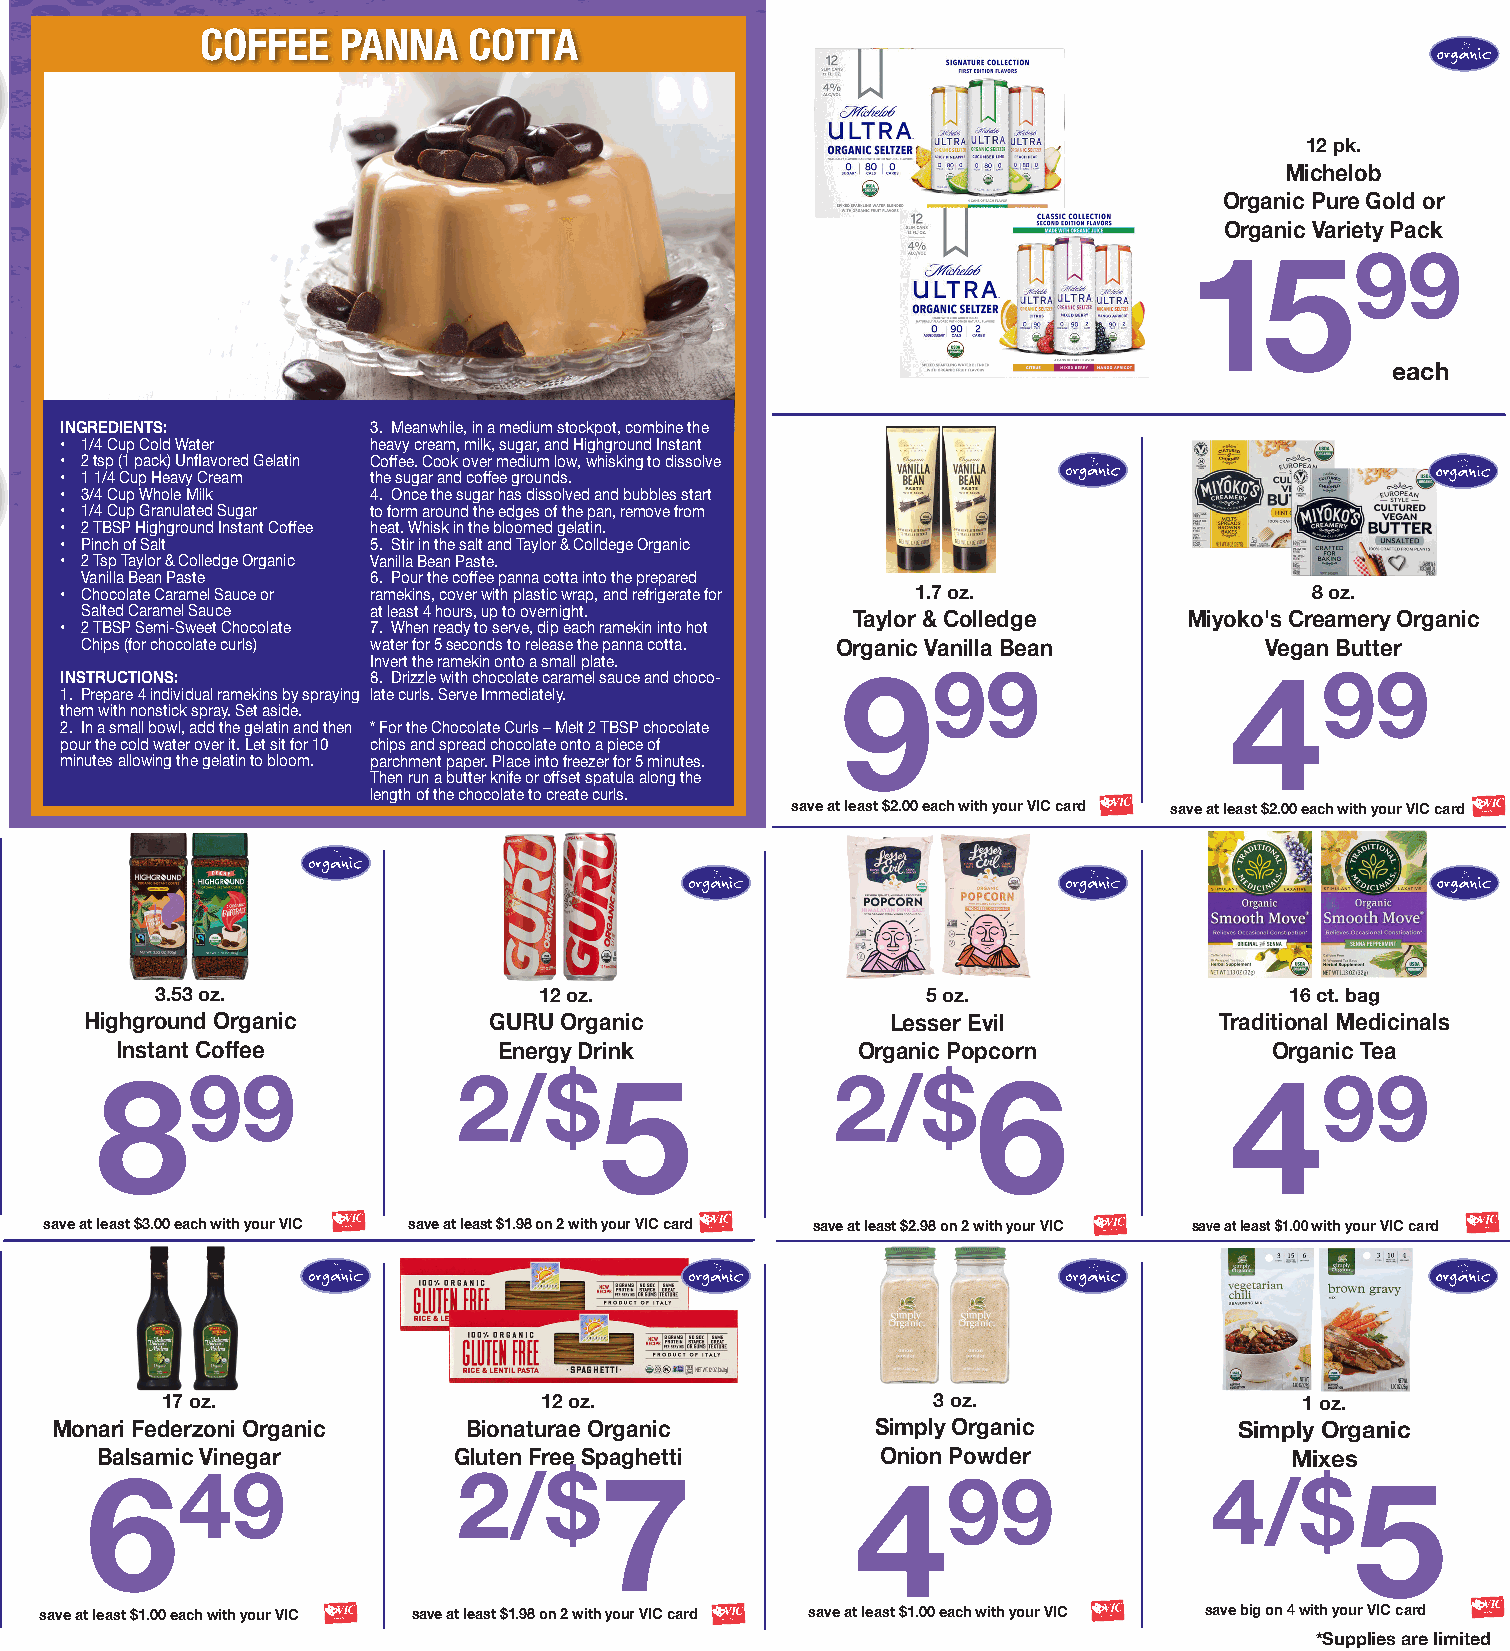
COFFEE   PANNA    COTTA
 12 pk.
 Michelob
 Organic Pure Gold or
 Organic Variety Pack
 1599
 each
 INGREDIENTS:         3. Meanwhile, in a medium stockpot, combine the
 • 1/4 Cup Cold Water heavy cream, milk, sugar, and Highground Instant
 • 2 tsp (1 pack) Unflavored Gelatin Coffee. Cook over medium low, whisking to dissolve
 • 1 1/4 Cup Heavy Cream the sugar and coffee grounds.
 • 3/4 Cup Whole Milk 4. Once the sugar has dissolved and bubbles start
 • 1/4 Cup Granulated Sugar to form around the edges of the pan, remove from
 • 2 TBSP Highground Instant Coffee heat. Whisk in the bloomed gelatin.
 • Pinch of Salt      5. Stir in the salt and Taylor & Colldege Organic
 • 2 Tsp Taylor & Colledge Organic Vanilla Bean Paste.
 Vanilla Bean Paste  6. Pour the coffee panna cotta into the prepared
 • Chocolate Caramel Sauce or ramekins, cover with plastic wrap, and refrigerate for 1.7 oz. 8 oz.
 Salted Caramel Sauce at least 4 hours, up to overnight.
 Taylor & Colledge      Miyoko's Creamery Organic
 • 2 TBSP Semi-Sweet Chocolate 7. When ready to serve, dip each ramekin into hot
 Chips (for chocolate curls) water for 5 seconds to release the panna cotta. Organic Vanilla Bean Vegan Butter
 Invert the ramekin onto a small plate.
 999                      499
 INSTRUCTIONS:        8. Drizzle with chocolate caramel sauce and choco-
 1. Prepare 4 individual ramekins by spraying late curls. Serve Immediately.
 them with nonstick spray. Set aside.
 2. In a small bowl, add the gelatin and then * For the Chocolate Curls – Melt 2 TBSP chocolate
 pour the cold water over it. Let sit for 10 chips and spread chocolate onto a piece of
 minutes allowing the gelatin to bloom. parchment paper. Place into freezer for 5 minutes.
 Then run a butter knife or offset spatula along the
 length of the chocolate to create curls.
 save at least $2.00 each with your VIC card save at least $2.00 each with your VIC card
 3.53 oz.                  12 oz.                   5 oz.                   16 ct. bag
 Highground Organic        GURU Organic               Lesser Evil           Traditional Medicinals
 Instant Coffee           Energy Drink            Organic Popcorn            Organic Tea
 899                     2/$5                     2/$6                      499
 save at least $3.00 each with your VIC save at least $1.98 on 2 with your VIC card save at least $2.98 on 2 with your VIC save at least $1.00 with your VIC card
 17 oz.                   12 oz.                    3 oz.                   1 oz.
 Monari Federzoni Organic    Bionaturae Organic         Simply Organic          Simply Organic
 Balsamic Vinegar        Gluten Free Spaghetti       Onion Powder               Mixes
 649                     2/$7                       499                    4/$5
 save at least $1.00 each with your VIC save at least $1.98 on 2 with your VIC card save at least $1.00 each with your VIC save big on 4 with your VIC card
 *Supplies are limited